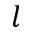
l